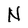
Character: N